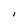
Character: I